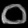
Digit: ၀